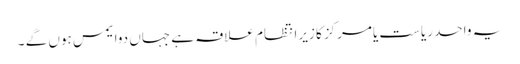
یہ واحد ریاست یامرکز کا زیرانتظام علاقہ ہے جہاں دوایمس ہوں گے ۔